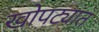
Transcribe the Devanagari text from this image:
खोपट्यात